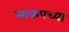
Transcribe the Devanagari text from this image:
माकपच्या